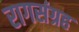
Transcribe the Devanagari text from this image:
रागसंग्रह